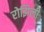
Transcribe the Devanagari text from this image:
रोझिली